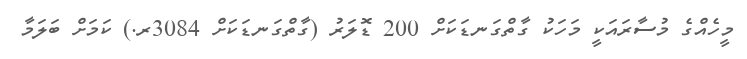
މީހެއްގެ މުސާރައަކީ މަހަކު ގާތްގަނޑަކަށް 200 ޑޮލަރު (ގާތްގަނޑަކަށް 3084ރ.) ކަމަށް ބަލަމާ